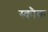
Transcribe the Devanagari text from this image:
स्कौक